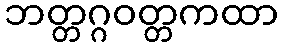
ဘတ္တဂ္ဂဝတ္တကထာ